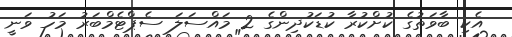
އެކި ބާވަތުގެ ކުށްކުރާ ކުޑަކުދިންގެ 2 މައްސަލަ ސެޕްޓެމްބަރު މަހު ވަނީ